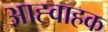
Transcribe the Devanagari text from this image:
आह्वाहक